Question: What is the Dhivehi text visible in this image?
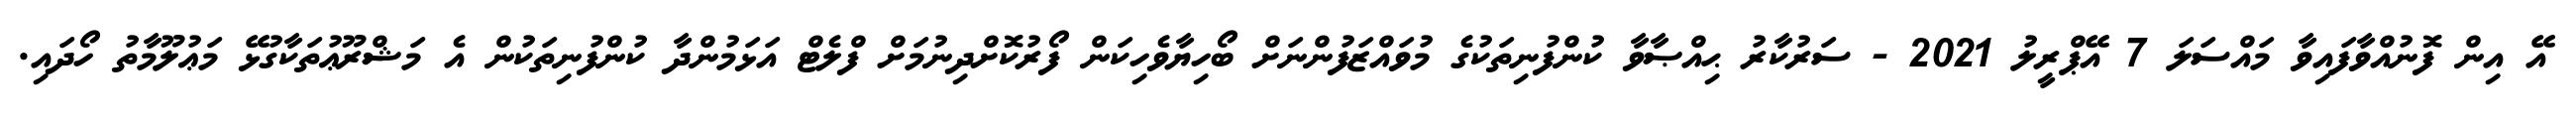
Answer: އޭ އިން ފޮނުއްވާފައިވާ މައްސަލަ 7 އޭޕްރީލު 2021 - ސަރުކާރު ޙިއްޞާވާ ކުންފުނިތަކުގެ މުވައްޒަފުންނަށް ބޯހިޔާވެހިކަން ފޯރުކޮށްދިނުމަށް ފްލެޓް އަޅަމުންދާ ކުންފުނިތަކުން އެ މަޝްރޫޢުތަކާގުޅޭ މަޢުލޫމާތު ހޯދައި.